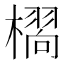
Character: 𭬆